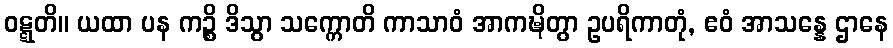
ဝဋ္ဋတိ။ ယထာ ပန ကဉ္စိ ဒိသွာ သက္ကောတိ ကာသာဝံ အာကဍ္ဎိတွာ ဥပရိကာတုံ, ဧဝံ အာသန္နေ ဌာနေ